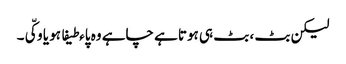
لیکن بٹ ، بٹ ہی ہوتا ہے چاہے وہ پاءطیفا ہو یا وکّی۔